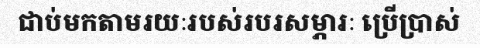
ជាប់មកតាមរយៈរបស់របរសម្ភារៈ ប្រើប្រាស់